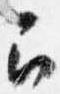
召